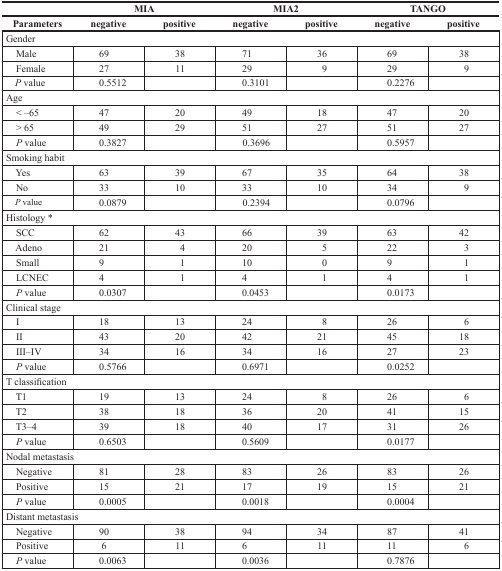
<table><thead><tr><td></td><td colspan="2"><b>MIA</b></td><td colspan="2"><b>MIA2</b></td><td colspan="2"><b>TANGO</b></td></tr><tr><td><b>Parameters</b></td><td><b>negative</b></td><td><b>positive</b></td><td><b>negative</b></td><td><b>positive</b></td><td><b>negative</b></td><td><b>positive</b></td></tr></thead><tbody><tr><td colspan="7">Gender</td></tr><tr><td> Male</td><td>69</td><td>38</td><td>71</td><td>36</td><td>69</td><td>38</td></tr><tr><td> Female</td><td>27</td><td>11</td><td>29</td><td>9</td><td>29</td><td>9</td></tr><tr><td> <i>P</i> value</td><td>0.5512</td><td></td><td>0.3101</td><td></td><td>0.2276</td><td></td></tr><tr><td colspan="7">Age</td></tr><tr><td> &lt; −65</td><td>47</td><td>20</td><td>49</td><td>18</td><td>47</td><td>20</td></tr><tr><td> &gt; 65</td><td>49</td><td>29</td><td>51</td><td>27</td><td>51</td><td>27</td></tr><tr><td> <i>P</i> value</td><td>0.3827</td><td></td><td>0.3696</td><td></td><td>0.5957</td><td></td></tr><tr><td colspan="7">Smoking habit</td></tr><tr><td> Yes</td><td>63</td><td>39</td><td>67</td><td>35</td><td>64</td><td>38</td></tr><tr><td> No</td><td>33</td><td>10</td><td>33</td><td>10</td><td>34</td><td>9</td></tr><tr><td> <i>P</i> value</td><td>0.0879</td><td></td><td>0.2394</td><td></td><td>0.0796</td><td></td></tr><tr><td colspan="7">Histology *</td></tr><tr><td> SCC</td><td>62</td><td>43</td><td>66</td><td>39</td><td>63</td><td>42</td></tr><tr><td> Adeno</td><td>21</td><td>4</td><td>20</td><td>5</td><td>22</td><td>3</td></tr><tr><td> Small</td><td>9</td><td>1</td><td>10</td><td>0</td><td>9</td><td>1</td></tr><tr><td> LCNEC</td><td>4</td><td>1</td><td>4</td><td>1</td><td>4</td><td>1</td></tr><tr><td> <i>P</i> value</td><td>0.0307</td><td></td><td>0.0453</td><td></td><td>0.0173</td><td></td></tr><tr><td colspan="7">Clinical stage</td></tr><tr><td> I</td><td>18</td><td>13</td><td>24</td><td>8</td><td>26</td><td>6</td></tr><tr><td> II</td><td>43</td><td>20</td><td>42</td><td>21</td><td>45</td><td>18</td></tr><tr><td> III–IV</td><td>34</td><td>16</td><td>34</td><td>16</td><td>27</td><td>23</td></tr><tr><td> <i>P</i> value</td><td>0.5766</td><td></td><td>0.6971</td><td></td><td>0.0252</td><td></td></tr><tr><td colspan="7">T classification</td></tr><tr><td> T1</td><td>19</td><td>13</td><td>24</td><td>8</td><td>26</td><td>6</td></tr><tr><td> T2</td><td>38</td><td>18</td><td>36</td><td>20</td><td>41</td><td>15</td></tr><tr><td> T3–4</td><td>39</td><td>18</td><td>40</td><td>17</td><td>31</td><td>26</td></tr><tr><td> <i>P</i> value</td><td>0.6503</td><td></td><td>0.5609</td><td></td><td>0.0177</td><td></td></tr><tr><td colspan="7">Nodal metastasis</td></tr><tr><td> Negative</td><td>81</td><td>28</td><td>83</td><td>26</td><td>83</td><td>26</td></tr><tr><td> Positive</td><td>15</td><td>21</td><td>17</td><td>19</td><td>15</td><td>21</td></tr><tr><td> <i>P</i> value</td><td>0.0005</td><td></td><td>0.0018</td><td></td><td>0.0004</td><td></td></tr><tr><td colspan="7">Distant metastasis</td></tr><tr><td> Negative</td><td>90</td><td>38</td><td>94</td><td>34</td><td>87</td><td>41</td></tr><tr><td> Positive</td><td>6</td><td>11</td><td>6</td><td>11</td><td>11</td><td>6</td></tr><tr><td> <i>P</i> value</td><td>0.0063</td><td></td><td>0.0036</td><td></td><td>0.7876</td><td></td></tr></tbody></table>